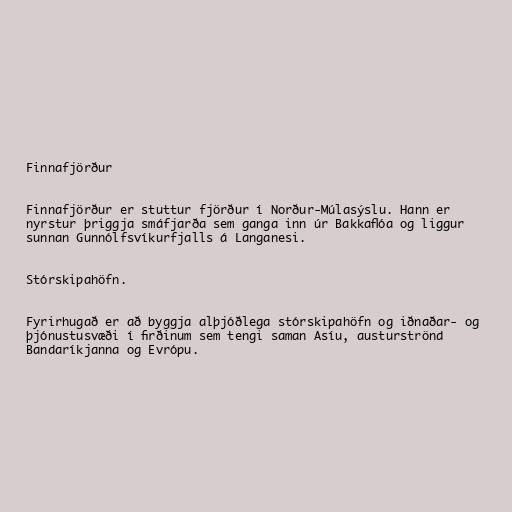
Finnafjörður

Finnafjörður er stuttur fjörður í Norður-Múlasýslu. Hann er
nyrstur þriggja smáfjarða sem ganga inn úr Bakkaflóa og liggur
sunnan Gunnólfsvíkurfjalls á Langanesi.

Stórskipahöfn.

Fyrirhugað er að byggja alþjóðlega stórskipahöfn og iðnaðar- og
þjónustusvæði í firðinum sem tengi saman Asíu, austurströnd
Bandaríkjanna og Evrópu.